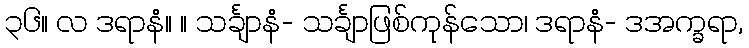
၃၆။ လ ဒရာနံ။ ။ သင်္ချာနံ- သင်္ချာဖြစ်ကုန်သော၊ ဒရာနံ- ဒအက္ခရာ,